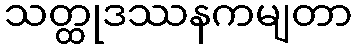
သတ္ထုဒဿနကမျတာ